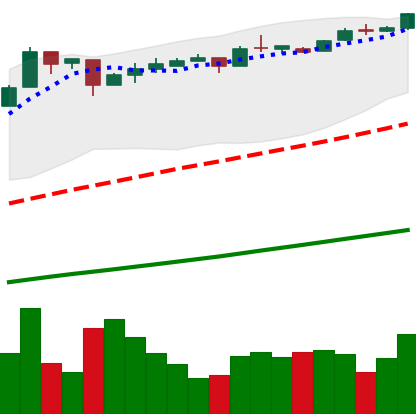
Ticker: BTC-USD
Chart end date: 2016-12-20
Forward return: 11.9%
Label: up_7plus